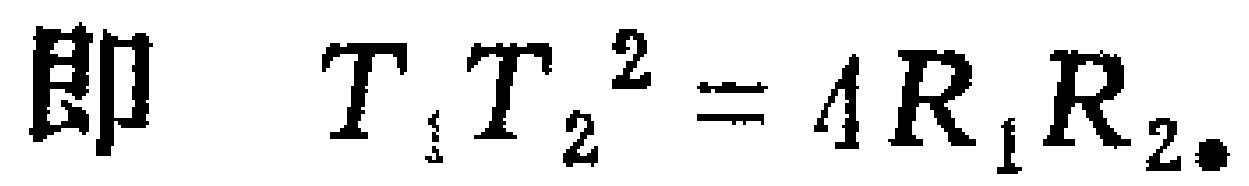
即 \(T_{1}T_{2}^{2}=4R_{1}R_{2}\)。